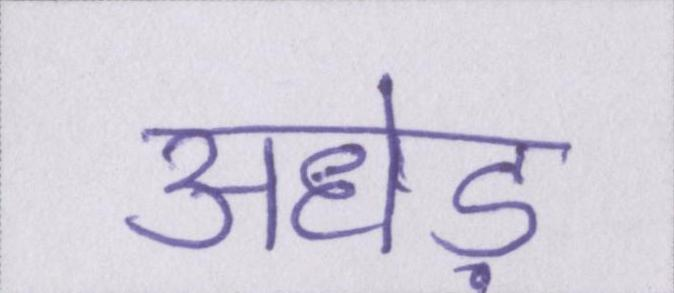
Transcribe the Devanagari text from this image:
अधेड़